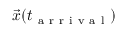
\vec { x } ( t _ { \mathrm { ~ a ~ r ~ r ~ i ~ v ~ a ~ l ~ } } )